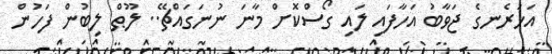
އަހަރެނގެ ޖަވާބު އަހާފައި ލައި ގޯސްކޮށް މާނަ ނުނަގައްޗޭ.. ލޫޠް ލިބުން ފަހުން